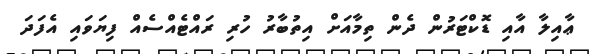
ޢާއިލާ އާއި ޑޮކްޓަރުން ދެން ތިމާއަށް އިތުބާރު ހުރި ރައްޓެއްސެއް ފިޔަވައި އެފަދަ